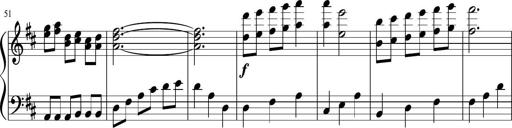
Title: Sonatine Nr.1 in C-Dur
Composer: DÃ©sirÃ©e Manns
Key: C major